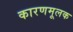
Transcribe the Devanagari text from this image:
कारणमूलक